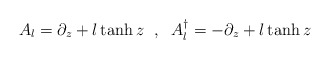
\begin{align*}A_{l}=\partial _{z}+l\tanh z\textrm{ }\; ,\; \textrm{ }A_{l}^{\dagger }=-\partial _{z}+l\tanh z\end{align*}